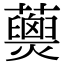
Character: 𧄖